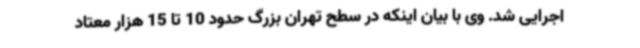
اجرایی شد. وی با بیان اینکه در سطح تهران بزرگ حدود 10 تا 15 هزار معتاد